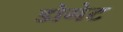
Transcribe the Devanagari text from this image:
डोगेट